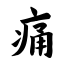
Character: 痛